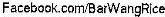
FACEBOOK.COM/BARWANGRICE